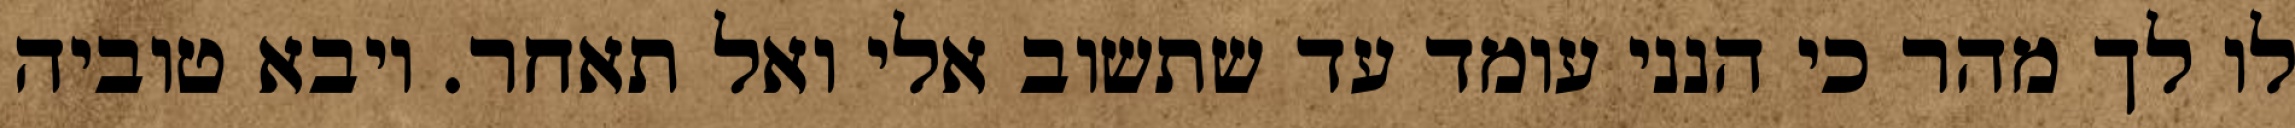
לו לך מהר כי הנני עומד עד שתשוב אלי ואל תאחר. ויבא טוביה